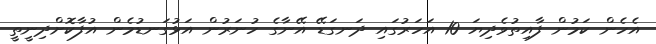
އެހެން ކަމުން ފާއިތުވެދިޔަ 10 އަހަރުގައި ދަނގަޑޭ އޭނާގެ ހުނަރުން އަޅުގަނޑުމެން އުފާކޮށްދިނީތީ